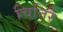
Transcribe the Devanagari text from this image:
चित्तिरै